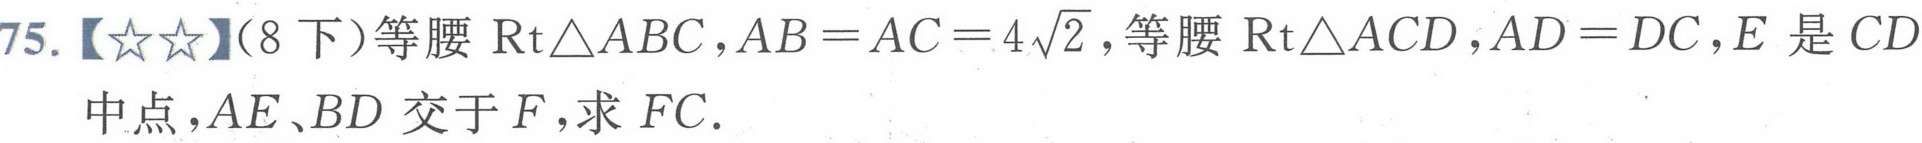
75.【★★】（8下）等腰\(\text{Rt}\triangle ABC\)，\(AB = AC = 4\sqrt{2}\)，等腰\(\text{Rt}\triangle ACD\)，\(AD = DC\)，\(E\)是\(CD\)
中点，\(AE\)、\(BD\)交于\(F\)，求\(FC\).